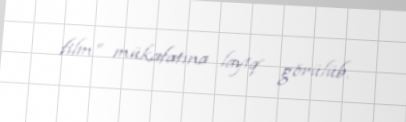
film” mükafatına layiq görülüb.